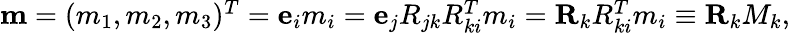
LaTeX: \begin{array}{r}{{\mathbf m}=(m_{1},m_{2},m_{3})^{T}={\mathbf e}_{i}m_{i}={\mathbf e}_{j}R_{jk}R_{ki}^{T}m_{i}={\mathbf R}_{k}R_{ki}^{T}m_{i}\equiv{\mathbf R}_{k}M_{k},}\end{array}